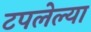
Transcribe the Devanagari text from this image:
टपलेल्या